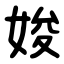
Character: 㛖